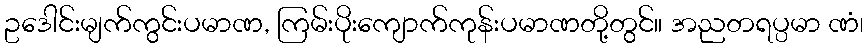
ဥဒေါင်းမျက်ကွင်းပမာဏ, ကြမ်းပိုးကျောက်ကုန်းပမာဏတို့တွင်။ အညတရပ္ပမာ ဏံ၊